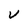
Character: V